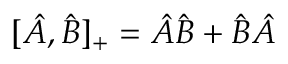
[ \hat { A } , \hat { B } ] _ { + } = \hat { A } \hat { B } + \hat { B } \hat { A }